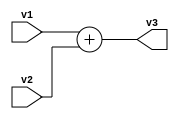
`timescale 1ns / 1ps
//////////////////////////////////////////////////////////////////////////////////
// Company: 
// Engineer: 
// 
// Design Name: 
// Module Name: add1
// Project Name: 
// Target Devices: 
// Tool Versions: 
// Description: 
// 
// Dependencies: 
// 
// Revision:
// Revision 0.01 - File Created
// Additional Comments:
// 
//////////////////////////////////////////////////////////////////////////////////


module add1(v1,v2,v3);
        
        input [1:0]v1,v2;
        output [1:0] v3;
        
        assign v3 = v1+v2;
        
endmodule